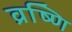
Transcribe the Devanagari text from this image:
व्रष्णि